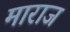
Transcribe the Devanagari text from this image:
माराज